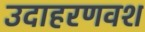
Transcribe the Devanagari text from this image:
उदाहरणवश